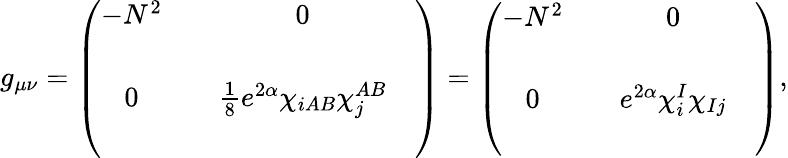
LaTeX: g_{\mu\nu}=\left(\begin{array}{cccc}{{-N^{2}}}&{{}}&{{0}}&{{}}\\ {{}}&{{}}&{{}}&{{}}\\ {{0}}&{{}}&{{\frac{1}{8}e^{2\alpha}\chi_{iAB}\chi_{j}^{AB}}}&{{}}\\ {{}}&{{}}&{{}}&{{}}\end{array}\right)=\left(\begin{array}{cccc}{{-N^{2}}}&{{}}&{{0}}&{{}}\\ {{}}&{{}}&{{}}&{{}}\\ {{0}}&{{}}&{{e^{2\alpha}\chi_{i}^{I}\chi_{Ij}}}&{{}}\\ {{}}&{{}}&{{}}&{{}}\end{array}\right),